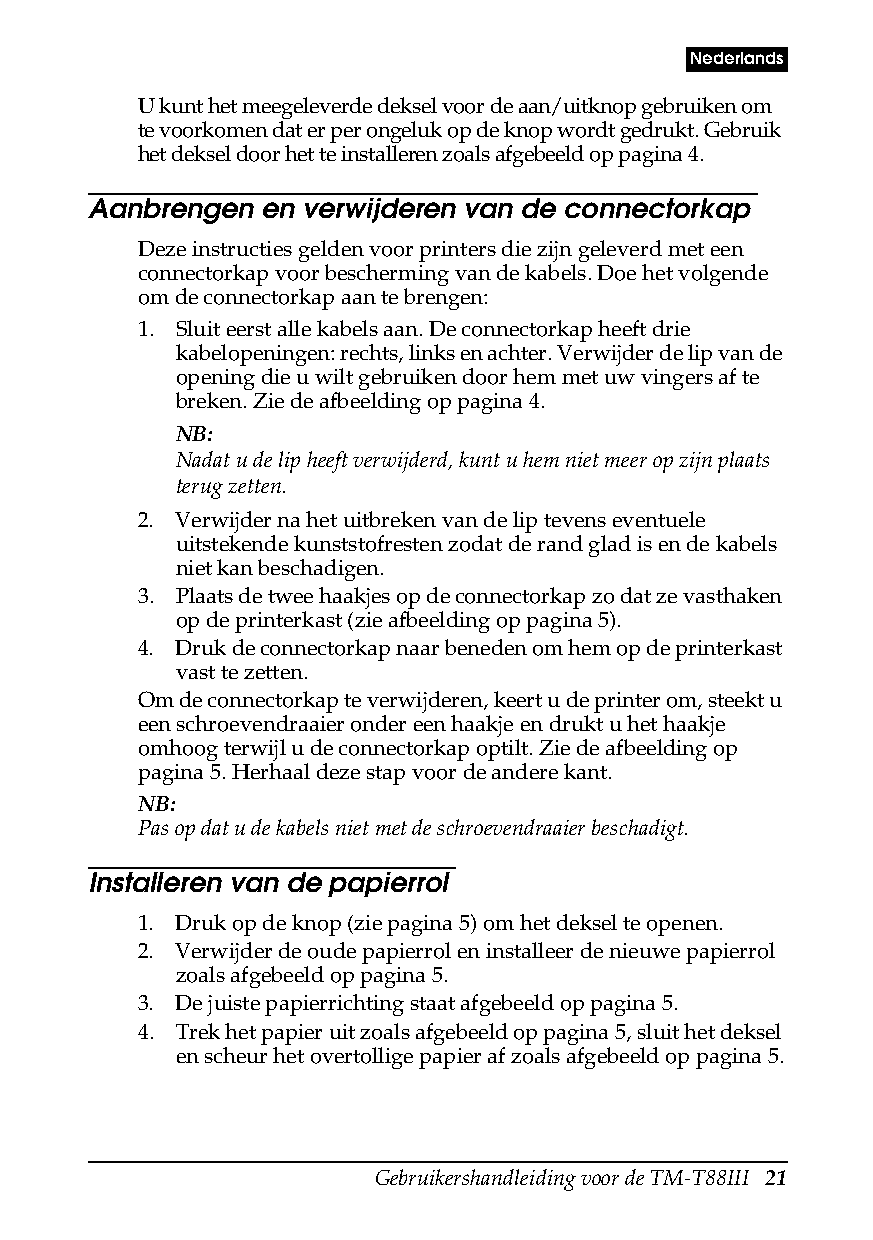
Nederlands
 U kunt het meegeleverde deksel voor de aan/uitknop gebruiken om
 te voorkomen dat er per ongeluk op de knop wordt gedrukt. Gebruik
 het deksel door het te installeren zoals afgebeeld op pagina4.
 Aanbrengen  en verwijderen van de connectorkap
 Deze instructies gelden voor printers die zijn geleverd met een
 connectorkap voor bescherming van de kabels. Doe het volgende
 om de connectorkap aan te brengen:
 1. Sluit eerst alle kabels aan. De connectorkap heeft drie
 kabelopeningen: rechts, links en achter. Verwijder de lip van de
 opening die u wilt gebruiken door hem met uw vingers af te
 breken. Zie de afbeelding op pagina4.
 NB:
 Nadat u de lip heeft verwijderd, kunt u hem niet meer op zijn plaats
 terug zetten.
 2. Verwijder na het uitbreken van de lip tevens eventuele
 uitstekende kunststofresten zodat de rand glad is en de kabels
 niet kan beschadigen.
 3. Plaats de twee haakjes op de connectorkap zo dat ze vasthaken
 op de printerkast (zie afbeelding op pagina5).
 4. Druk de connectorkap naar beneden om hem op de printerkast
 vast te zetten.
 Om de connectorkap te verwijderen, keert u de printer om, steekt u
 een schroevendraaier onder een haakje en drukt u het haakje
 omhoog terwijl u de connectorkap optilt. Zie de afbeelding op
 pagina5. Herhaal deze stap voor de andere kant.
 NB:
 Pas op dat u de kabels niet met de schroevendraaier beschadigt.
 Installeren van de papierrol
 1. Druk op de knop (zie pagina5) om het deksel te openen.
 2. Verwijder de oude papierrol en installeer de nieuwe papierrol
 zoals afgebeeld op pagina5.
 3. De juiste papierrichting staat afgebeeld op pagina5.
 4. Trek het papier uit zoals afgebeeld op pagina5, sluit het deksel
 en scheur het overtollige papier af zoals afgebeeld op pagina5.
 Gebruikershandleiding voor de TM-T88III 21